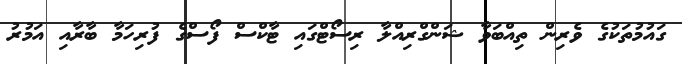
ގައުމުތަކުގެ ވެރިން ތިއްބަވާ ޝަންގްރިއްލާ ރިސޯޓްގައި ޓާކްސް ފޯސްގެ ފުރިހަމާ ބާރާއި އަމުރު